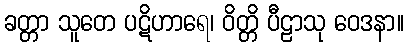
ခတ္တာ သူတေ ပဋိဟာရေ၊ ဝိတ္တိ ပီဠာသု ဝေဒနာ။